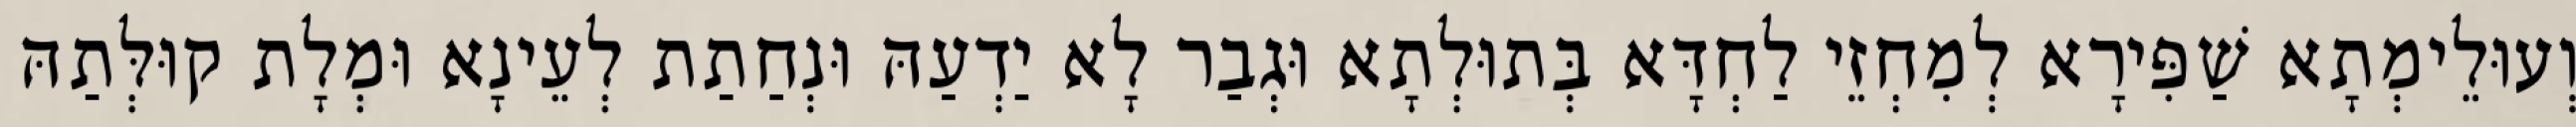
וְעוּלֵימְתָא שַׁפִּירָא לְמִחְזֵי לַחְדָּא בְּתוּלְתָא וּגְבַר לָא יַדְעַהּ וּנְחַתַת לְעֵינָא וּמְלָת קוּלְּתַהּ